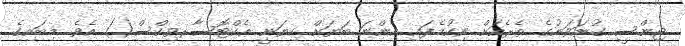
ޖިންސީ ގުނަވަނުގެ ތެރެއަށް ނިކުމެފައި އިންނަ ބަޔަށް ކިޔަނީ އެކްޓޮސާރވިކްސް() އެވެ. މިބައިގެ